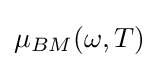
\mu _{BM}(\omega ,T)